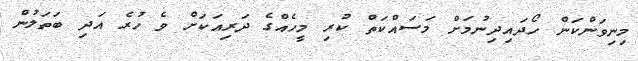
މިނިވަންކަން ހޯދައިދިނުމަށް މަސައްކަތް ކުރި މީހެއްގެ ދަރިއަކަށް ވެ ހުރެ އަދި ބަތަލުން